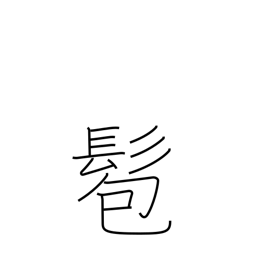
Meaning: bun